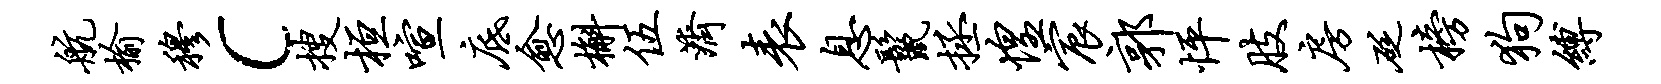
航榆穆c搜桓喧底愈槲伍济表息鬣拯惶宸郭怦肢房砭榜狗缚